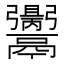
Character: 𩱪